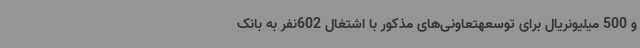
و 500 میلیونریال برای توسعهتعاونی‌های مذکور با اشتغال 602نفر به بانک